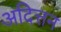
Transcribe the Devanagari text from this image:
अदित्तन